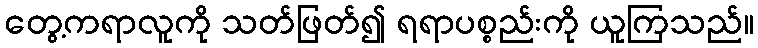
တွေ့ကရာလူကို သတ်ဖြတ်၍ ရရာပစ္စည်းကို ယူကြသည်။